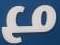
مع